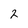
Character: 2